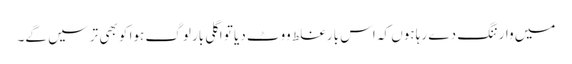
میں وارننگ دے رہا ہوں کہ اس بار غلط ووٹ دیا تو اگلی بار لوگ ہوا کو بھی ترسیں گے۔